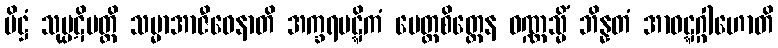
ပိဋ္ဌံ သုပ္ပဋိပတ္တိ သမ္မာအာဇီဝေနာတိ အက္ခရပဋ္ဋိကံ မေတ္တစိတ္တေန ဝဏ္ဏသ္မိံ ဘိန္နတံ အာဝဋ္ဋဂ္ဂါဟောတိ